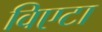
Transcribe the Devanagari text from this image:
विएटा